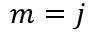
m = j